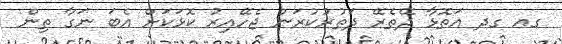
ގއ ގދ އަތޮޅާ ދޭތެރޭ ދަތުރުކުރަން ޖެހޭއިރު ކޮޅަކަށް އެބަ ނަގާ ތިން